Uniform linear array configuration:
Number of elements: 12
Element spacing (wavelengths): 0.25
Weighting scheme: binomial
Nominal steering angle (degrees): -30
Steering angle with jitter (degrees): -29.098
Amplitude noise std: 0.05
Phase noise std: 0.05

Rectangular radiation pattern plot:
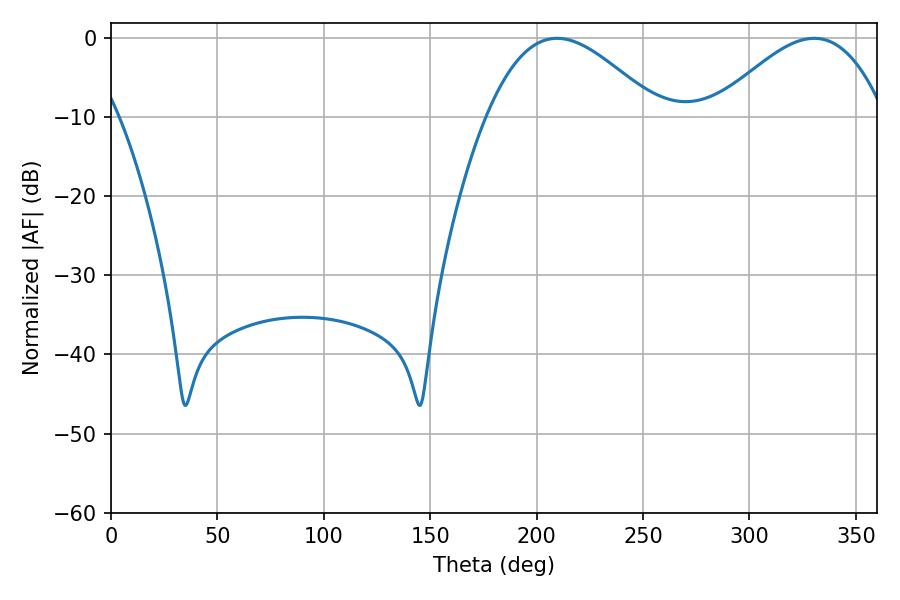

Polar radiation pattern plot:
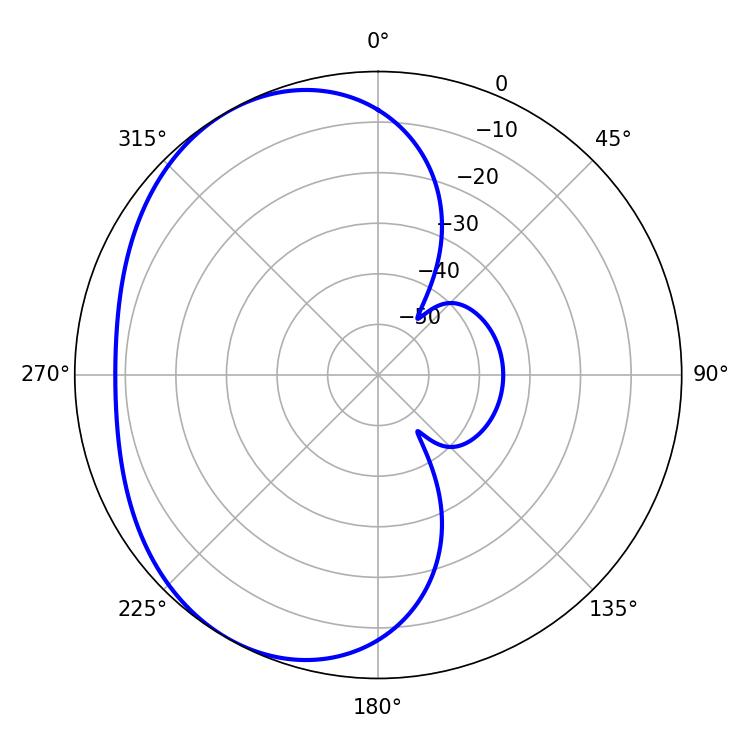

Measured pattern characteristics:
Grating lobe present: FALSE
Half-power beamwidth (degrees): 43.38
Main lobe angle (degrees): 209.52